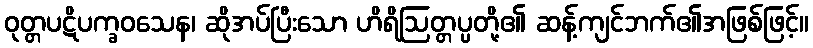
ဝုတ္တပဋိပက္ခဝသေန၊ ဆိုအပ်ပြီးသော ဟိရိဩတ္တပ္ပတို့၏ ဆန့်ကျင်ဘက်၏အဖြစ်ဖြင့်။